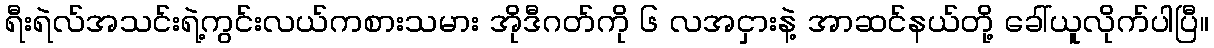
ရီးရဲလ်အသင်းရဲ့ကွင်းလယ်ကစားသမား အိုဒီဂတ်ကို ၆ လအငှားနဲ့ အာဆင်နယ်တို့ ခေါ်ယူလိုက်ပါပြီ။